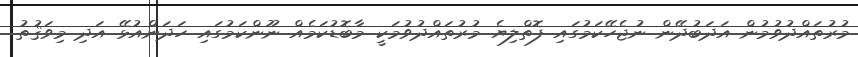
މުރުތައްދުވުމުން އަދަބުދޭން ނުޖެހޭކަމުގައި ފޮތްލިޔެ މުރުތައްދުވުމަކީ މާބޮޑުކަމެއް ނޫންކަމުގައި ހަދަންއުޅޭ އަދި މިވަޤުތު